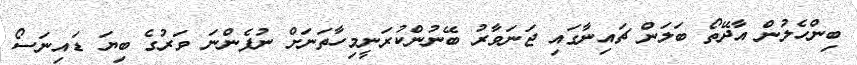
ބިންހެލުން އާދޭތޯ ބަލަން ޗައިނާގައި ޖަނަވާރު ބޭނުންކުރަނީމިހާތަނަށް ނުފެންނަ ވަރުގެ ބިޔަ ޑައިނަސޯ